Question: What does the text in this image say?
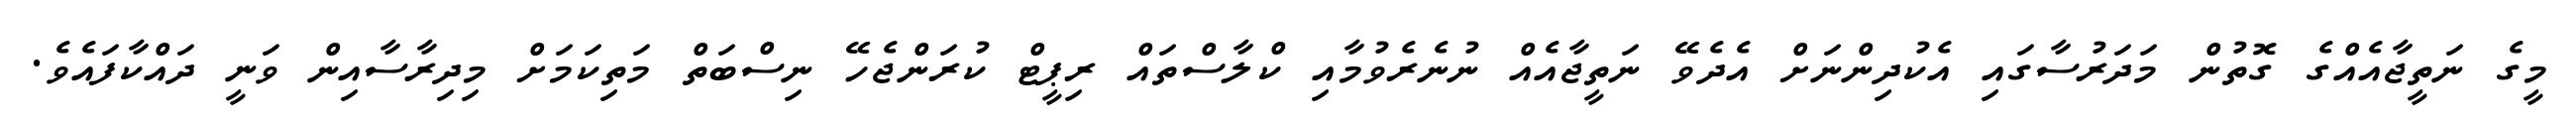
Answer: މީގެ ނަތީޖާއެއްގެ ގޮތުން މަދަރުސާގައި އެކުދިންނަށް އެދެވޭ ނަތީޖާއެއް ނުނެރެވުމާއި ކްލާސްތައް ރިޕީޓް ކުރަންޖެހޭ ނިސްބަތް މަތިކަމަށް މިދިރާސާއިން ވަނީ ދައްކާފައެވެ.